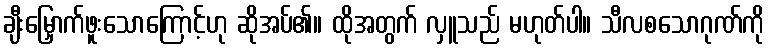
ချီးမြှောက်ဖူးသောကြောင့်ဟု ဆိုအပ်၏။ ထိုအတွက် လှူသည် မဟုတ်ပါ။ သီလစသောဂုဏ်ကို